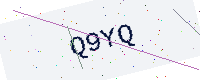
Text: Q9YQ